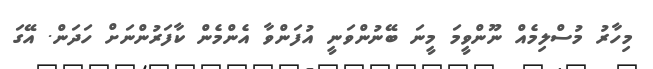
މިހާރު މުސްލިމެއް ނޫންވީމަ މީނަ ބޭނުންވަނީ އުފަންވާ އެންމެން ކާފަރުންނަށް ހަދަން. އޭގަ